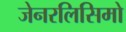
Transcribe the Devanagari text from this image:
जेनरलिसिमो